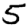
Digit: 5